[Report on the health of British troops in the Madras command]
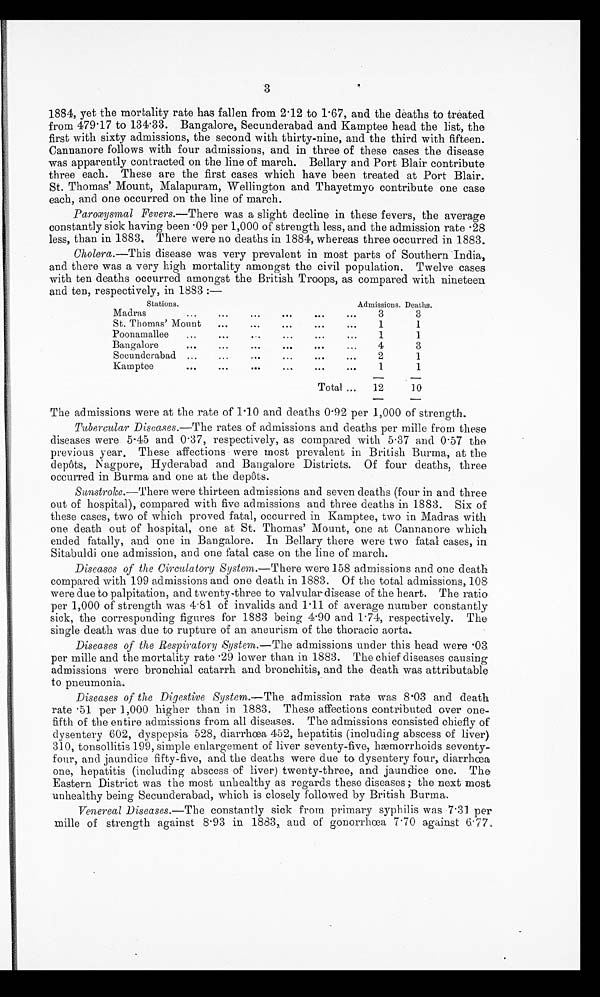
3
1884, yet the mortality rate has fallen from 2.12 to 1.67, and the deaths to treated
from 479.17 to 134.33. Bangalore, Secunderabad and Kamptee head the list, the
first with sixty admissions, the second with thirty-nine, and the third with fifteen.
Cannanore follows with four admissions, and in three of these cases the disease
was apparently contracted on the line of march. Bellary and Port Blair contribute
three each. These are the first cases which have been treated at Port Blair.
St. Thomas' Mount, Malapuram, Wellington and Thayetmyo contribute one case
each, and one occurred on the line of march.
Paroxysmal Fevers.— There was a slight decline in these fevers, the average
constantly sick having been .09 per 1,000 of strength less, and the admission rate .28
less, than in 1883. There were no deaths in 1884, whereas three occurred in 1883.
Cholera.— This disease was very prevalent in most parts of Southern India,
and there was a very high mortality amongst the civil population. Twelve cases
with ten deaths occurred amongst the British Troops, as compared with nineteen
and ten, respectively, in 1883 :—
Stations.
Admissions. De a t h s .
Madras
.
.
.
3
3
St. Thomas' Mount . . .
1
1
Poonamallee . . .
1
1
Bangalore . . .
4
3
Secunderabad . . .
2
1
Kamptee . . .
1
1
Total . . .
12
10
The admissions were at the rate of 1.10 and deaths 0.92 per 1,000 of strength.
Tubercular Diseases.— The rates of admissions and deaths per mile from these
diseases were 5.45 and 0.37, respectively, as compared with 5.37 and 0.57 the
previous year. These affections were most prevalent in British Burma, at the
depôts, Nagpore, Hyderabad and Bangalore Districts. Of four deaths, three
occurred in Burma and one at the depôts.
Sunstroke .—There were thirteen admissions and seven deaths (four in and three
out of hospital), compared with five admissions and three deaths in 1883. Six of
these cases, two of which proved fatal, occurred in Kamptee, two in Madras with
one death out of hospital, one at St. Thomas' Mount, one at Cannanore which
ended fatally, and one in Bangalore. In Bellary there were two fatal cases, in
Sitabuldi one admission, and one fatal case on the line of march.
Diseases of the Circulatory System.— There were 158 admissions and one death
compared with 199 admissions and one death in 1883. Of the total admissions, 108
were due to palpitation, and twenty-three to valvular disease of the heart. The ratio
per 1,000 of strength was 4.81 of invalids and 1.11 of average number constantly
sick, the corresponding figures for 1883 being 4.90 and 1.74, respectively. The
single death was due to rupture of an aneurism of the thoracic aorta.
Diseases of the Respiratory System.— The admissions under this head were .03
per mile and the mortality rate .29 lower than in 1883. The chief diseases causing
admissions were bronchial catarrh and bronchitis, and the death was attributable
to pneumonia.
Diseases of the Digestive System.— The admission rate was 8.03 and death
rate .51 per 1,000 higher than in 1883. These affections contributed over one
-fifth of the entire admissions from all diseases. The admissions consisted chiefly of
dysentery 602, dyspepsia 528, diarrhœa 452, hepatitis (including abscess of liver)
310, tonsollitis 199, simple enlargement of liver seventy-five, hæmorrhoids seventy
-four, and jaundice fifty-five, and the deaths were due to dysentery four, diarrhœa
one, hepatitis (including abscess of liver) twenty-three, and jaundice one. The
Eastern District was the most unhealthy as regards these diseases ; the next most
unhealthy being Secunderabad, which is closely followed by British Burma.
Venereal Diseases.—The
constantly sick from primary syphilis was 7.31 per
m i l l e o f s t r e n g t h a g a i n s t 8 . 9 3 i n 1 8 8 3 , a n d o f g o n o r r h œ a 7 . 7 0 a g a i n s t 6 . 7 7